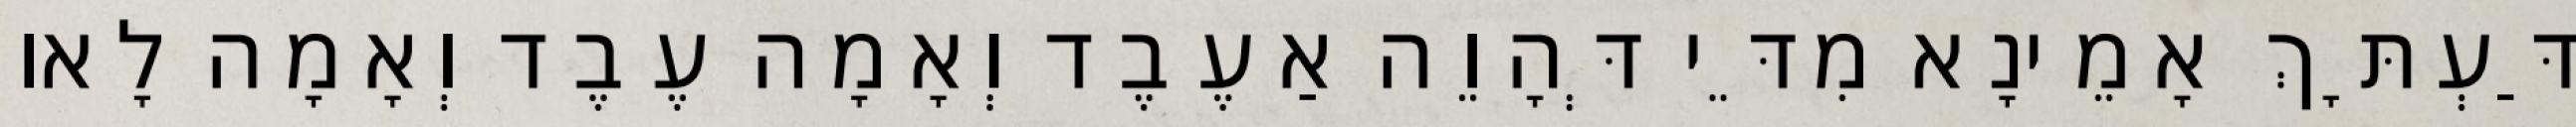
דַּעְתָּךְ אָמֵינָא מִדֵּי דְּהָוֵה אַעֶבֶד וְאָמָה עֶבֶד וְאָמָה לָאו